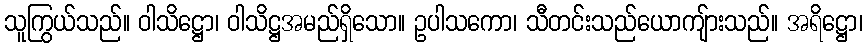
သူကြွယ်သည်။ ဝါသိဋ္ဌော၊ ဝါသိဋ္ဌအမည်ရှိသော။ ဥပါသကော၊ သီတင်းသည်ယောကျ်ားသည်။ အရိဋ္ဌော၊